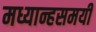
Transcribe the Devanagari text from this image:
मध्यान्हसमयी